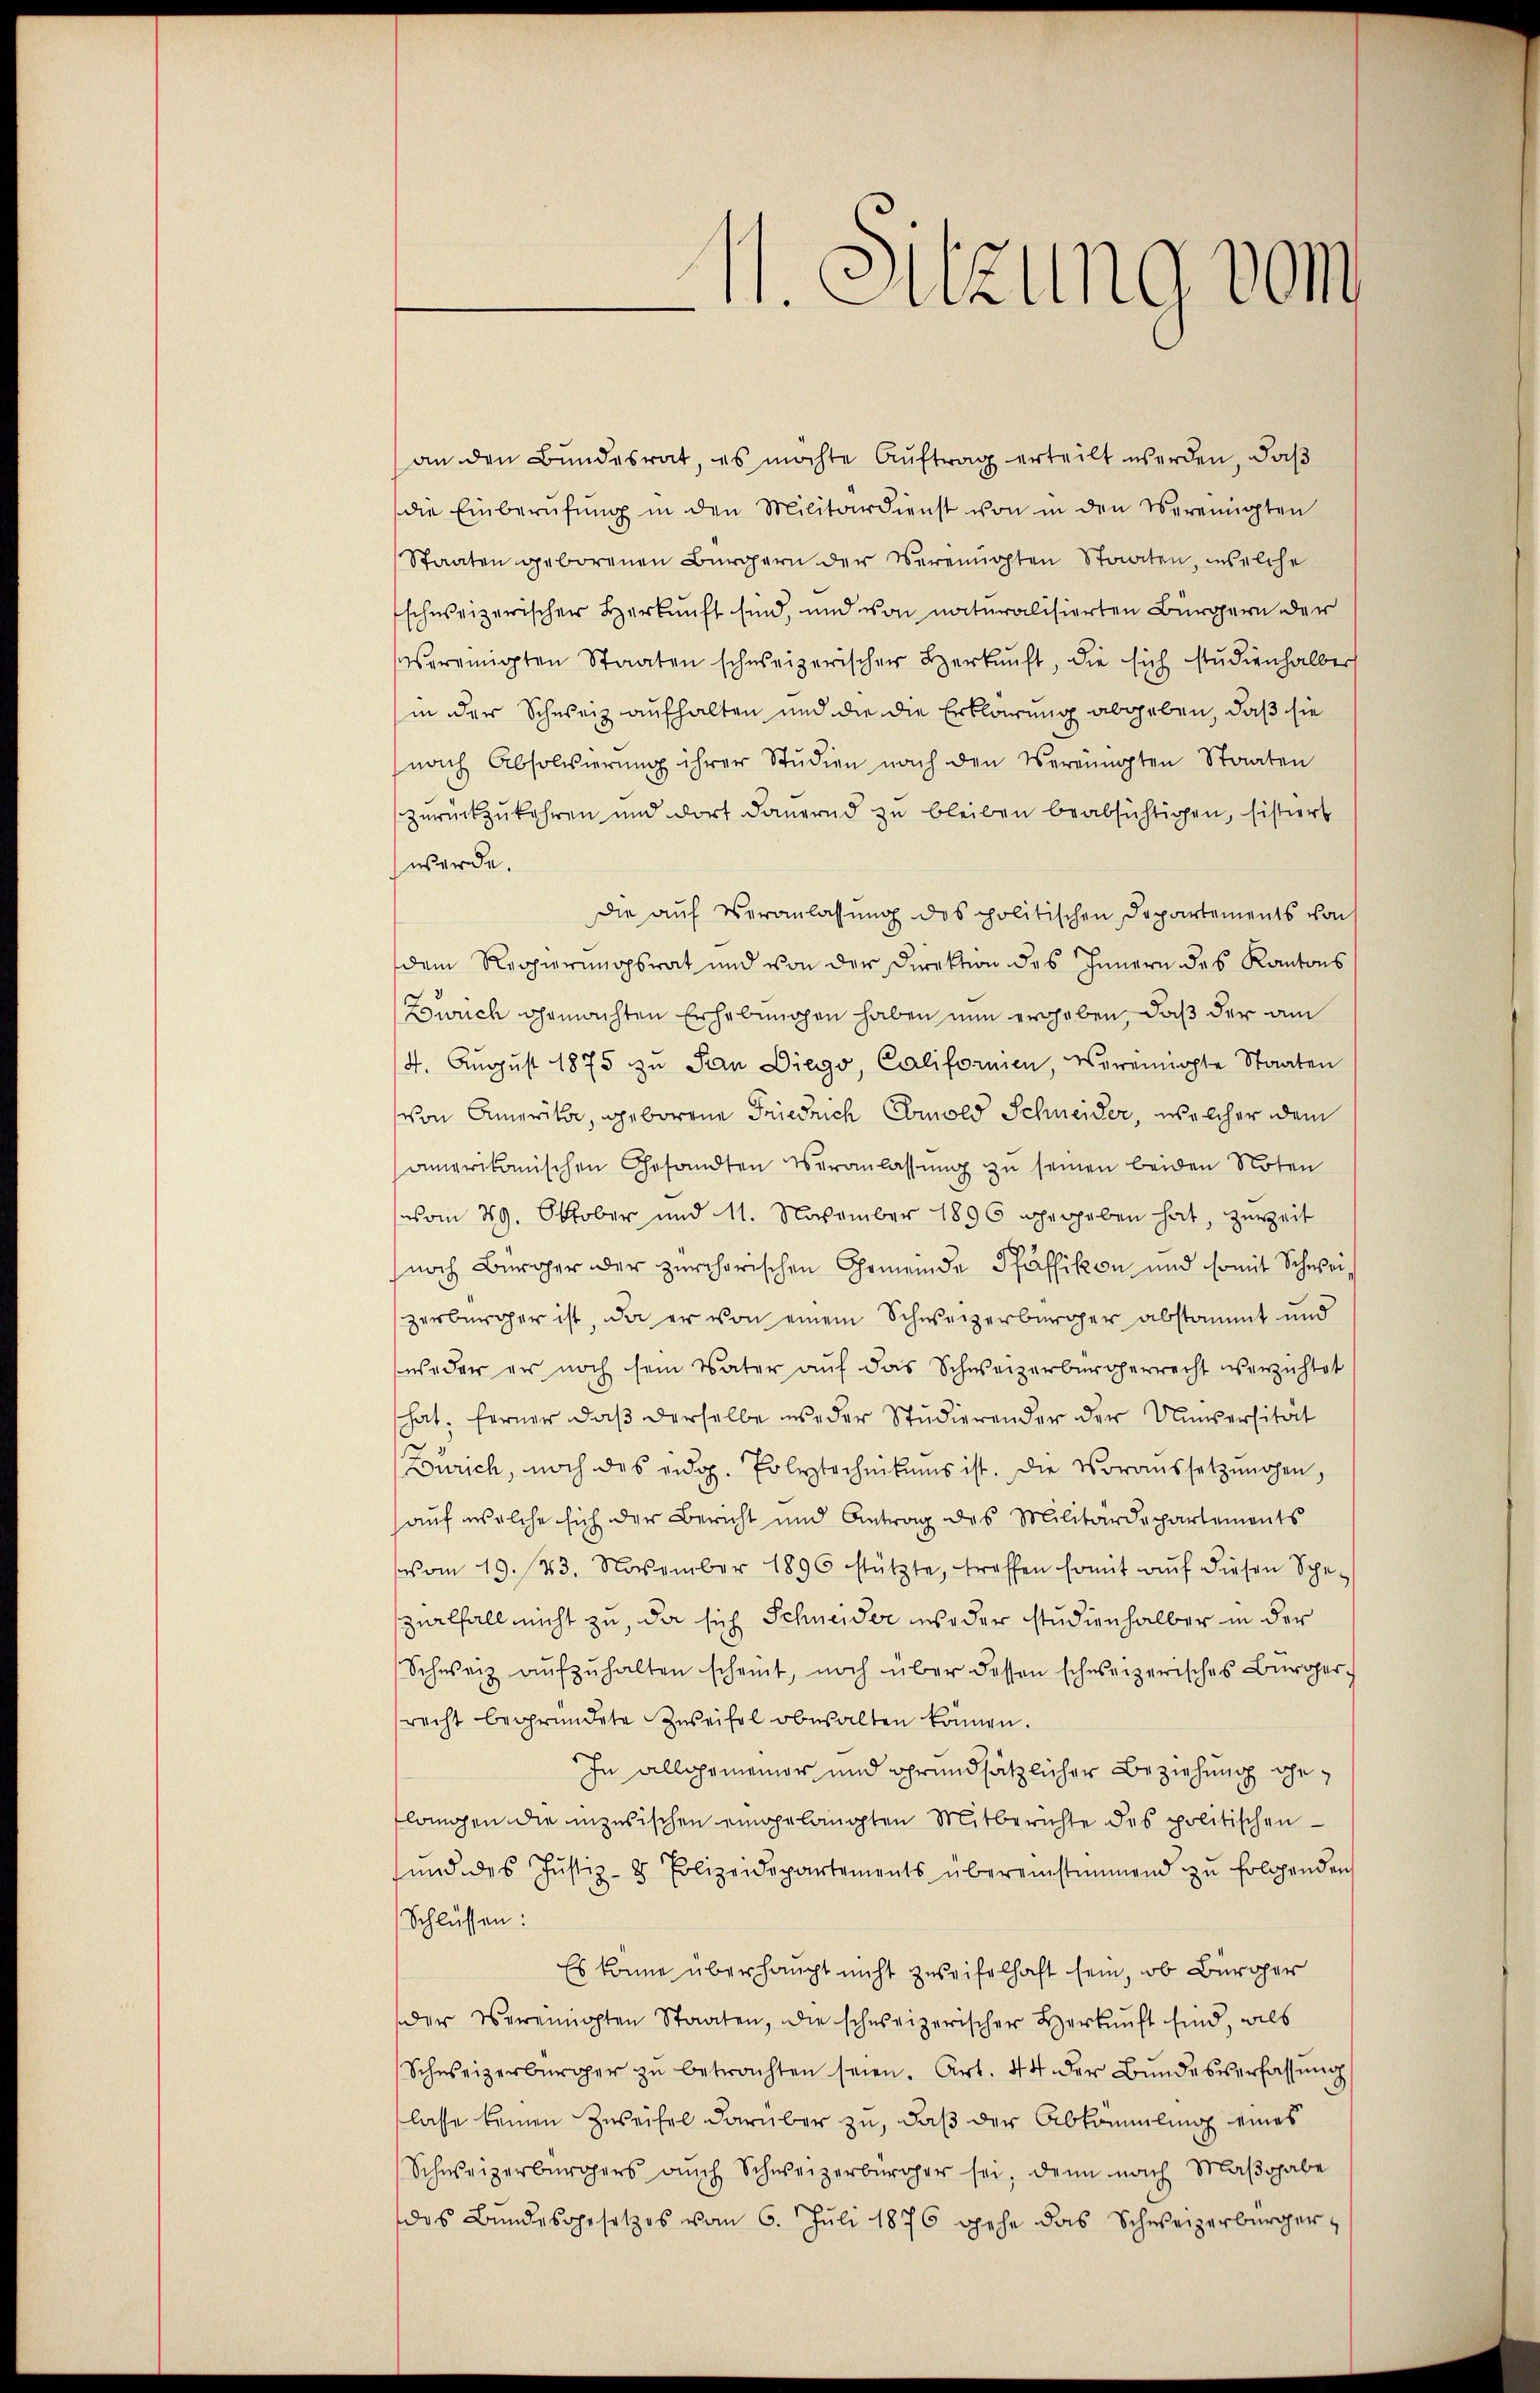
an den Bundesrat, es möchte Auftrag erteilt werden, daß
die Einberŭfŭng in den Militärdienst von in den Vereinigten
Staaten geborenen Bürgern der Vereinigten Staaten, welche
schweizerischen Herkunft sind, und von naturalisierten Bürgern der
vereinigten Staaten schweizerischer Herkunft, die sich studienhalbers
in der Schweiz aufhalten und die die Erklärung abgeben, daß sie
nach Absolvierŭng ihrer Studien nach den Vereinigten Staaten
zurückzukehren und dort dauernd zu bleiben beabsichtigen, sistiert
werde.
Die aŭf Veranlassŭng des politischen Departements von
dem Regierungsrat und von der Direktion des Innern des Kantons
Zürich gemachten Erhebungen haben nun ergeben, daß der am
4. Aŭgŭst 1875 zu Pan Diego, Califormen, vereinigte Staaten
von Amerika, geborene Friedrich Ebmold Schneider, welcher dem
amerikanischen Gesandten veranlassŭng zu seinen beiden Noten
vom 29. Oktober und 11. November 1896 gegeben hat, zurzeit
noch Berger oder zürchorischen Gemeinde Pfäffikon und somit Schweizerbürger ist, da er von einem Schweizerbürger abstammt und
weder er noch sein Vater auf das Schweizerbürgerrecht verzichtet
hat; ferner daß derselbe se der Studierender der Unversität
Zürich, noch des eidg. Erleztechnikums ist. Die Voraussetzŭngen,
auf welche sich der Bericht und Antrag des Militärdepartements
vom 19. 23. November 1896 stützte, treffen somit aŭf diesen Spezurlfall nicht zu, da sich Schneider weder Studienhalber in der
Schweiz aŭfzŭhalten scheint, noch über dessen schweizerisches Bürcher-
recht begründete Zweifel obwalten können.
In allgemeiner und grundsätzlicher Beziehung gelangen die inzusischen eingelangten Mitberichte des politischen
ŭnd des Jŭstiz- & Polizeidepartements übereinstimmend zu folgenden
Schlüssen:
Es könne überhaupt nicht zweifelhaft sein, ob Bürger
der Vereinigten Staaten, die schweizerischer Herkunft sind, als
Schweizerbürger zŭ betrachten seien. Art. 44 der Bŭndesverfassŭng
lasse keinen Zweifel darüber zu, daß der Abkömmling eines
Schweizerbürgers aŭch Schweizerbürger sei, denn nach Maβgabe
das Bundesgesetzes vom 6. Juli 1876 gehe das Schweizerbürger

M. Sitzung von